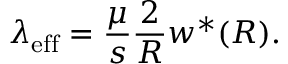
\lambda _ { \mathrm { e f f } } = \frac { \mu } { s } \frac { 2 } { R } w ^ { * } ( R ) .